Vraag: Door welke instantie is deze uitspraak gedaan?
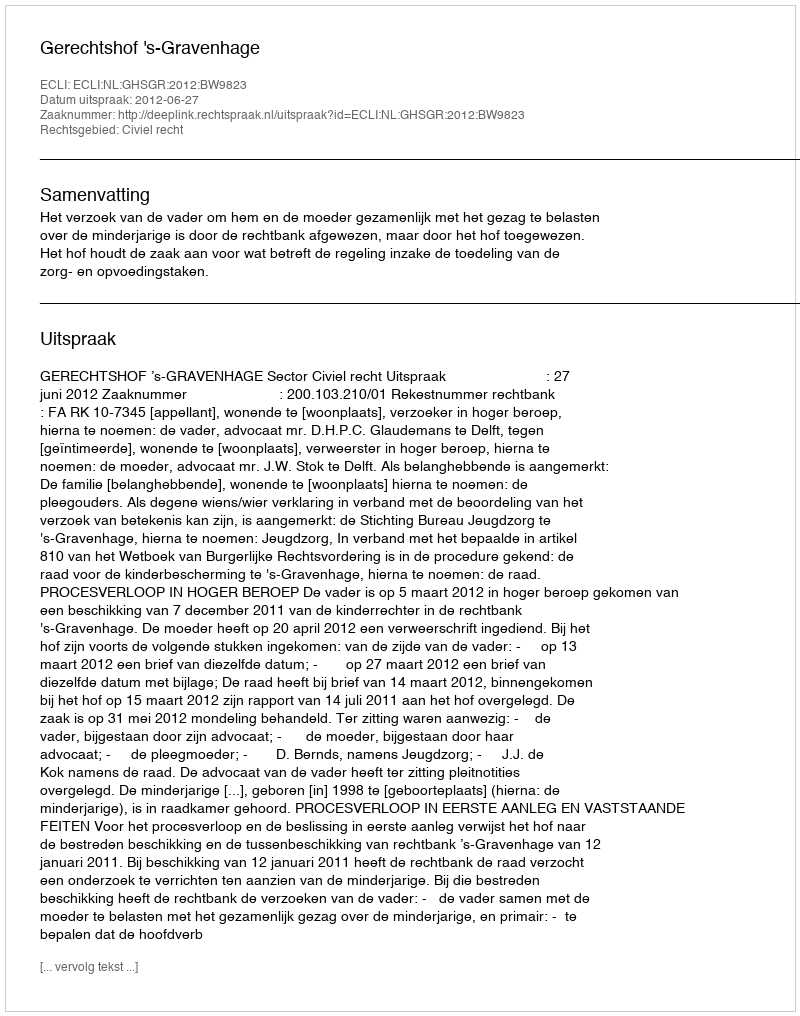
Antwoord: Gerechtshof 's-Gravenhage